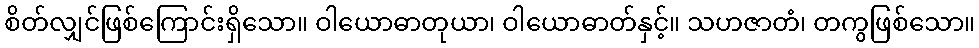
စိတ်လျှင်ဖြစ်ကြောင်းရှိသော။ ဝါယောဓာတုယာ၊ ဝါယောဓာတ်နှင့်။ သဟဇာတံ၊ တကွဖြစ်သော။